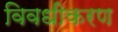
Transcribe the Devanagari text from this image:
विवधीकरण